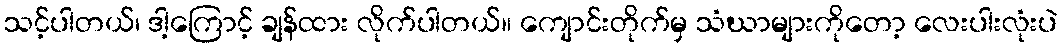
သင့်ပါတယ်၊ ဒါ့ကြောင့် ချန်ထား လိုက်ပါတယ်။ ကျောင်းတိုက်မှ သံဃာများကိုတော့ လေးပါးလုံးပဲ